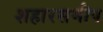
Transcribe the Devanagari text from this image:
शहारसमीप